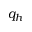
q _ { h }